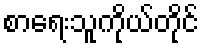
စာရေးသူကိုယ်တိုင်